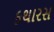
કથારસ